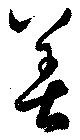
善